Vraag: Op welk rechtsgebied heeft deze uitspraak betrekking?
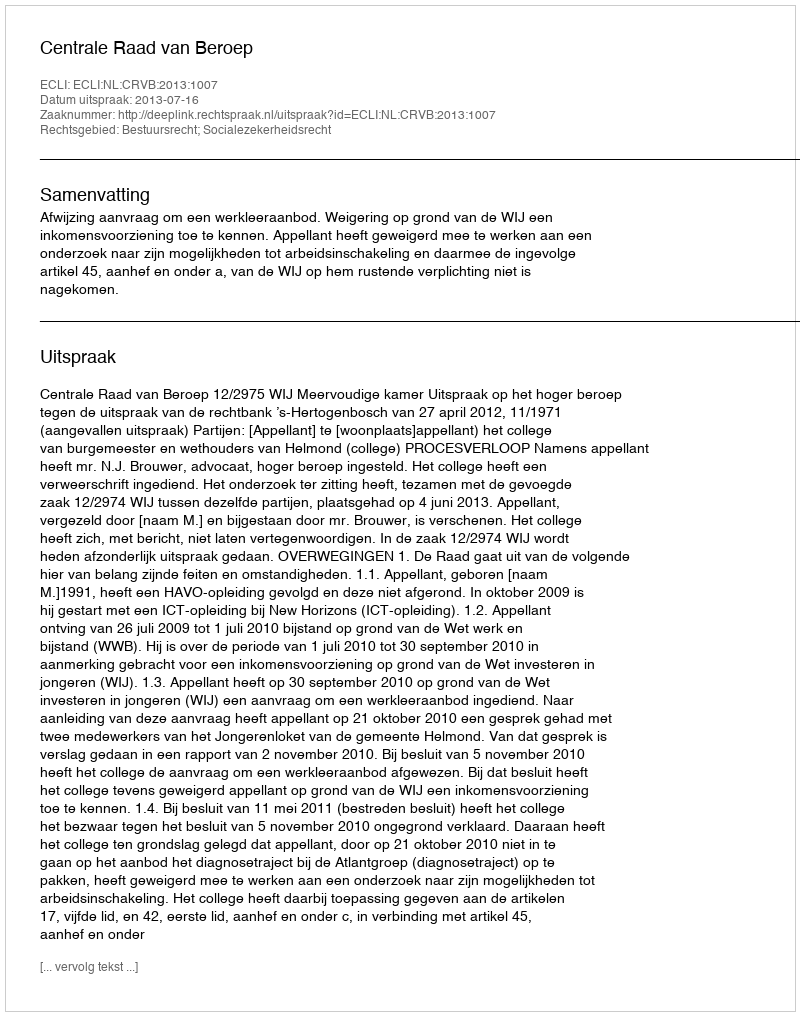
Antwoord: Bestuursrecht; Socialezekerheidsrecht